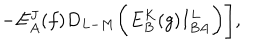
- E _ { A } ^ { J } ( f ) D _ { L - M } \biggl ( E _ { B } ^ { K } ( g ) I _ { B A } ^ { L } \biggr ) \Biggr ] ,